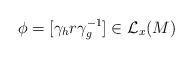
LaTeX: \begin{align*}\phi=[\gamma_h r \gamma_g^{-1}]\in\mathcal L_x(M) \end{align*}